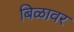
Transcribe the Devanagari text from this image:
बिळावर